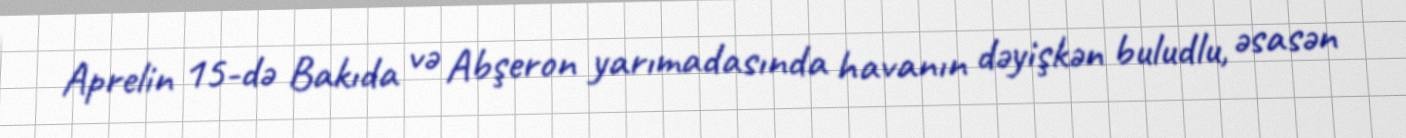
Aprelin 15-də Bakıda və Abşeron yarımadasında havanın dəyişkən buludlu, əsasən